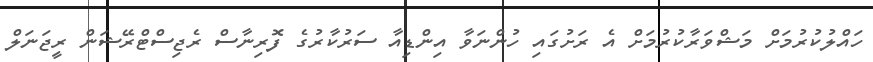
ހައްލުކުރުމަށް މަޝްވަރާކުރުމަށް އެ ރަށުގައި ހުންނަވާ އިންޑިއާ ސަރުކާރުގެ ފޮރިނާސް ރެޖިސްޓްރޭޝަން ރީޖަނަލް